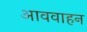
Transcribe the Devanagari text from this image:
आववाहन